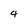
Character: 4